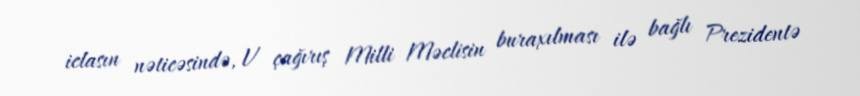
iclasın nəticəsində, V çağırış Milli Məclisin buraxılması ilə bağlı Prezidentə